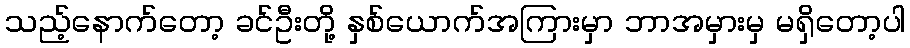
သည့်နောက်တော့ ခင်ဦးတို့ နှစ်ယောက်အကြားမှာ ဘာအမှားမှ မရှိတော့ပါ